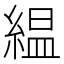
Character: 緼